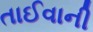
તાઈવાની